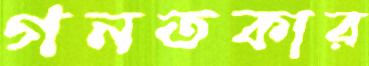
গনতকার